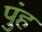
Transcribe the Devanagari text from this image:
पुंह